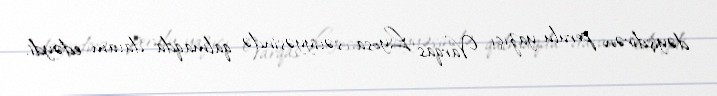
dəyişdirən perulu yazıçı Varqas Lyosa səviyyəsində qalmaqda davam edəydi.